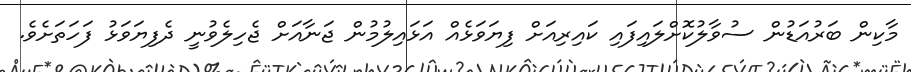
މާކިން ބަރުއަޑުން ސުވާލުކޮށްލައިފައި ކައިރިއަށް ފިޔަވަޅެއް އަޅައިލުމުން ޖަނާއަށް ޖެހިލެވުނީ ދެފިޔަވަޅު ފަހަތަށެވެ.